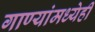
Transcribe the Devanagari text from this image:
गाण्यांमध्येही